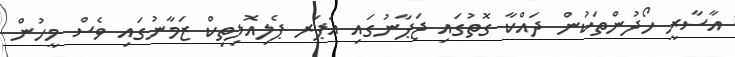
އާސާރީ ހޯދުންތަކުން ދައްކާ ގޮތުގައި ޖަޕާނުގައި އަޕަރ ޕެލިއޮލިތިކް ޒަމާނުގައި ވެސް މީހުން